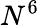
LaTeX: N^{6}